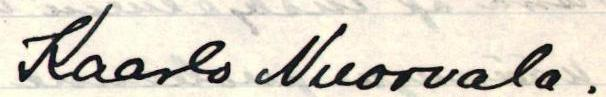
Kaarlo Nuorvala.